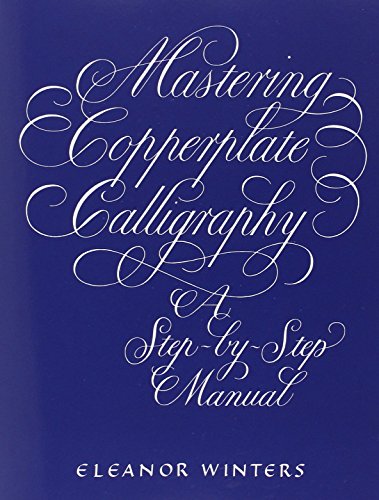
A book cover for Mastering Copperplate Calligraphy: A Step-by-Step Manual (Lettering, Calligraphy, Typography); Eleanor Winters; Arts & Photography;